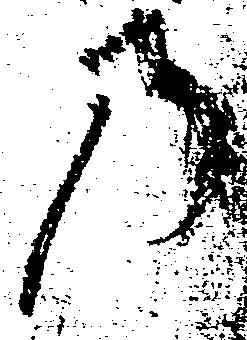
の